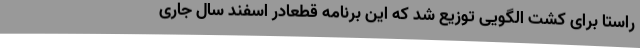
راستا برای کشت الگویی توزیع شد که این برنامه قطعاًدر اسفند سال جاری